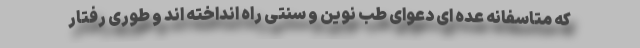
که متاسفانه عده ای دعوای طب نوین و سنتی راه انداخته اند و طوری رفتار